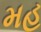
મહ